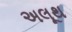
અલૂથ